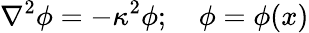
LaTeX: \nabla^{2}\phi=-\kappa^{2}\phi;\quad\phi=\phi(x)